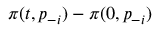
\pi ( t , p _ { - i } ) - \pi ( 0 , p _ { - i } )